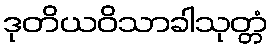
ဒုတိယဝိသာခါသုတ္တံ